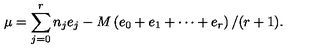
\mu = \sum _ { j = 0 } ^ { r } n _ { j } e _ { j } - M \left( e _ { 0 } + e _ { 1 } + \cdots + e _ { r } \right) / ( r + 1 ) .